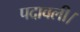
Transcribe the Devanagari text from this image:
पदावली।